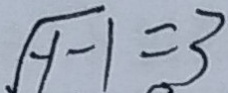
\sqrt { y - 1 } = 3